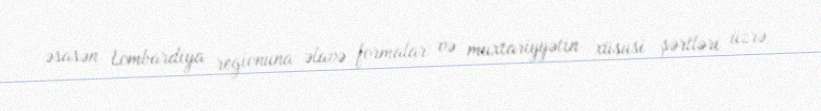
əsasən Lombardiya regionuna əlavə formalar və muxtariyyətin xüsusi şərtləri üzrə